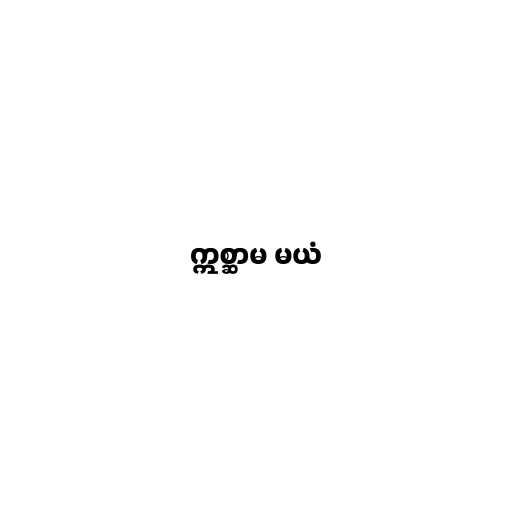
ဣစ္ဆာမ မယံ